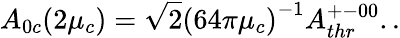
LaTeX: A_{0c}(2\mu_{c})=\sqrt{2}{(64\pi\mu_{c})}^{-1}A_{thr}^{+-00}..